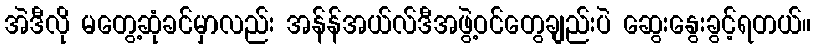
အဲဒီလို မတွေ့ဆုံခင်မှာလည်း အန်န်အယ်လ်ဒီအဖွဲ့ဝင်တွေချည်းပဲ ဆွေးနွေးခွင့်ရတယ်။